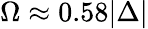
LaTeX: \Omega\approx 0.58|\Delta|